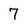
Character: 7